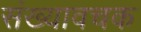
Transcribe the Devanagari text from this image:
संख्यावचक